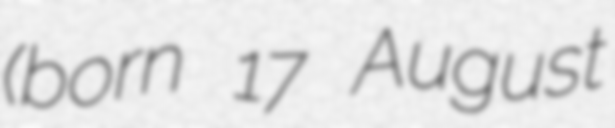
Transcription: (born 17 August